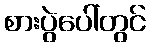
စားပွဲပေါ်တွင်